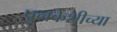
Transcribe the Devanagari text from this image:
पुलकेशीच्या